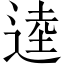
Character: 逵